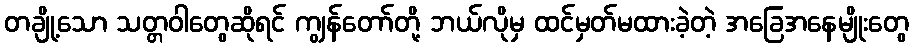
တချို့သော သတ္တဝါတွေဆိုရင် ကျွန်တော်တို့ ဘယ်လိုမှ ထင်မှတ်မထားခဲ့တဲ့ အခြေအနေမျိုးတွေ